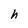
Character: h